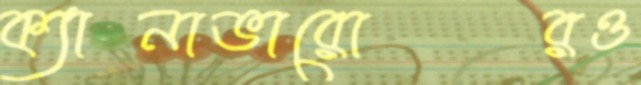
ক্যানাভারোরও